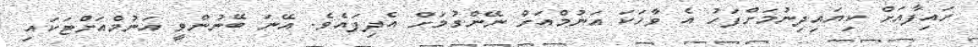
ހައިފާއަށް ކިޔައިދިނުމަށްފަހު އެ ވާހަކަ އަނުމްއަށް ނޭންގުމަށް އެދިފައެވެ. އޭނަ ބޭނުންވީ އަނުމްއަށްޓަކައި